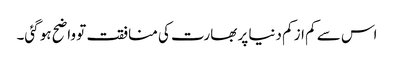
اس سے کم از کم دنیا پر بھارت کی منافقت تو واضح ہو گئی۔